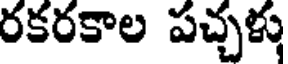
రకరకాల పచ్చళ్ళు